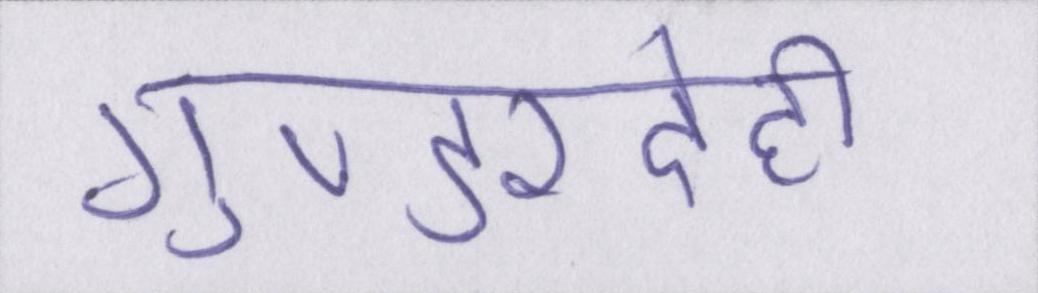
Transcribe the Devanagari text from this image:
गुण्डरदेही